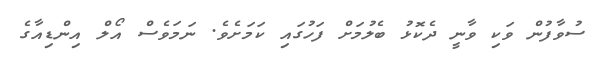
ސުވާފުން ވަކި ވާނީ ދެކޮޅު ބެލުމަށް ފަހުގައި ކަމަށެވެ. ނަމަވެސް އޯލް އިންޑިއާގެ